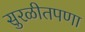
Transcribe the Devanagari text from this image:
सुरळीतपणा